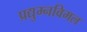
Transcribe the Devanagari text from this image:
प्रद्युम्नविमल